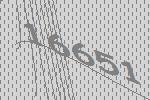
16651